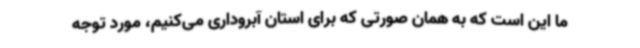
ما این است که به همان صورتی که برای استان آبروداری می‌کنیم، مورد توجه